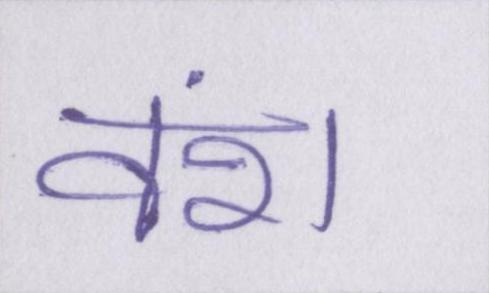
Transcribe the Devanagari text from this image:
वंश